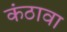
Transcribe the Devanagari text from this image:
कंठावा